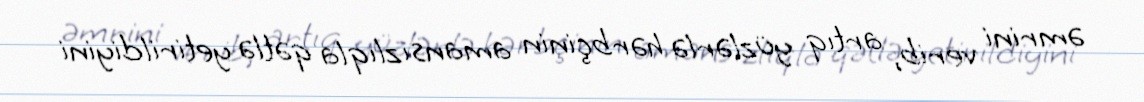
əmrini verib, artıq yüzlərlə hərbçinin amansızlıqla qətlə yetirildiyini